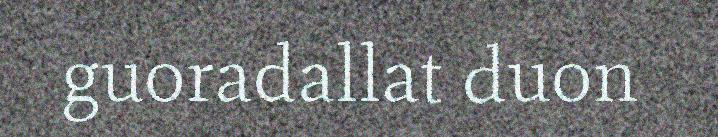
guoradallat duon